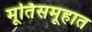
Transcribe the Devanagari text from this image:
मूर्तिसमूहात